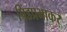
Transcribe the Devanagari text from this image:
पिंडप्रभाकर